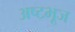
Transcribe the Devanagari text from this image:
अष्टभूज